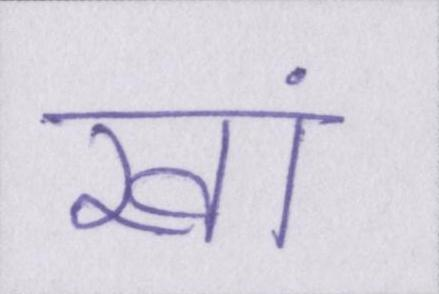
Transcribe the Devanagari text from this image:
खां